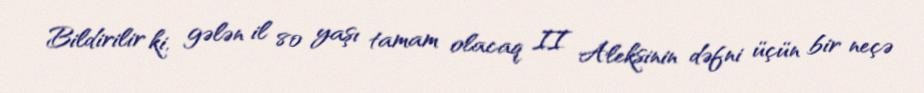
Bildirilir ki, gələn il 80 yaşı tamam olacaq II Aleksinin dəfni üçün bir neçə